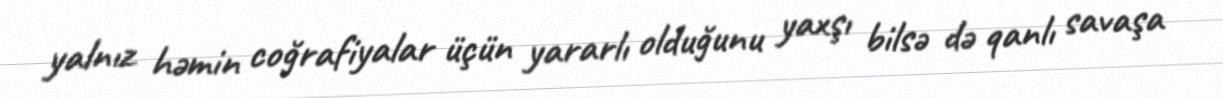
yalnız həmin coğrafiyalar üçün yararlı olduğunu yaxşı bilsə də qanlı savaşa